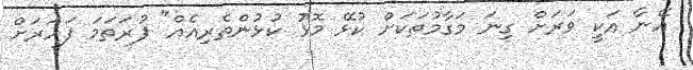
އޭނާ އަކީ ވަރަށް ގިނަ މަގާމުތަކަށް ކުޅޭ މޮޅު ކުޅުންތެރިއެއް" ފުރަތަމަ ފަހަރަށް